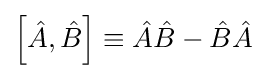
\left[{\hat {A}},{\hat {B}}\right]\equiv {\hat {A}}{\hat {B}}-{\hat {B}}{\hat {A}}